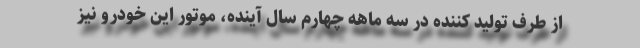
از طرف تولید کننده در سه ماهه چهارم سال آینده، موتور این خودرو نیز